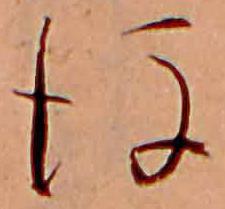
後